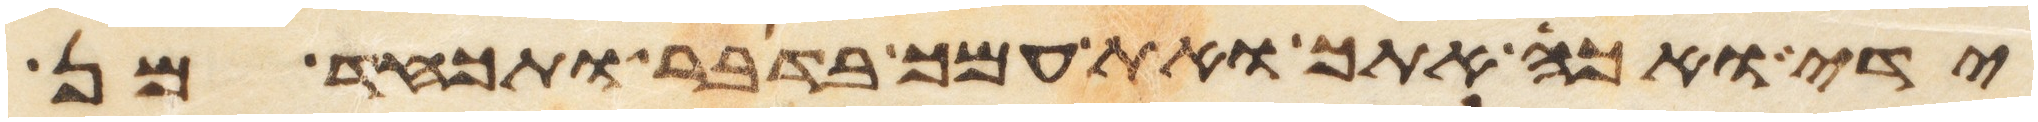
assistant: ידי ואכה אתך ואת עמך בדבר ותכחד מן